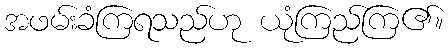
အဖမ်းခံကြရသည်ဟု ယုံကြည်ကြ၏။